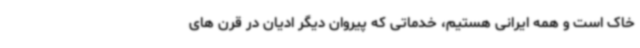
خاک است و همه ایرانی هستیم، خدماتی که پیروان دیگر ادیان در قرن های